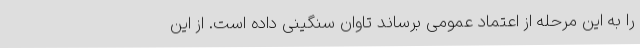
را به این مرحله از اعتماد عمومی برساند تاوان سنگینی داده است. از این